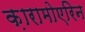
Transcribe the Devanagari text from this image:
क़ारामोएरिन